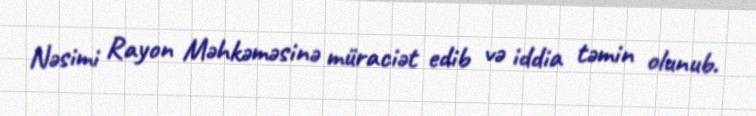
Nəsimi Rayon Məhkəməsinə müraciət edib və iddia təmin olunub.